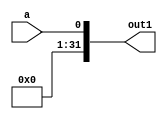
module FNC_MS_AFPR (a, out1);
   input a;
   output integer out1;
   reg out2;

   function func1;
      input a;
      output d;
      begin
         d = a;
      end
   endfunction

   assign out2 = func1(a, out1);
endmodule